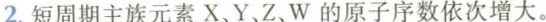
2.短周期主族元素X、Y、Z、W的原子序数依次增大。